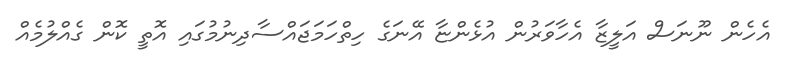
އެހެން ނޫނަސް އަލީޒާ އެހާވަރުން އުޅެންޏާ އޭނަގެ ހިތްހަމަޖައްސާދިނުމުގައި އޮތީ ކޮން ގެއްލުމެއް